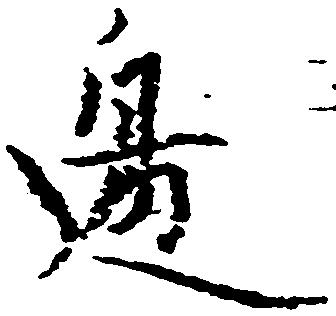
辺